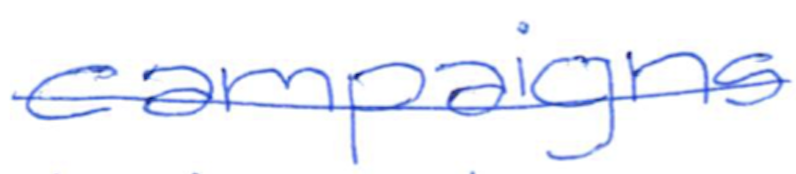
Text: campaigns
Cross-out: single-line
Writing tool: ballpoint